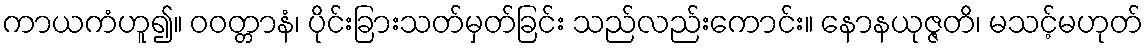
ကာယကံဟူ၍။ ဝဝတ္တာနံ၊ ပိုင်းခြားသတ်မှတ်ခြင်း သည်လည်းကောင်း။ နောနယုဇ္ဇတိ၊ မသင့်မဟုတ်